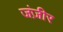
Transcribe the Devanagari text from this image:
जंज़ीर